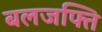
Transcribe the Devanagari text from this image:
बलजफ्ति